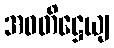
အဝတိဋ္ဌေယျ